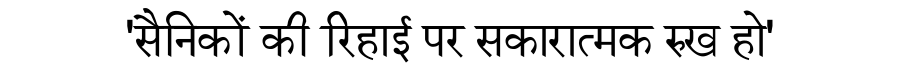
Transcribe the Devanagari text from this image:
'सैनिकों की रिहाई पर सकारात्मक रुख हो'